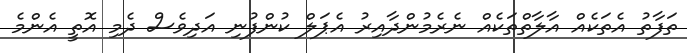
ތަފާތު އެތަކެއް އާލާތްތަކެއް ނެރެމުންދާއިރު އެޕަލް ކުންފުނި އަދިވެސް ދެމި އޮތީ އެންމެ